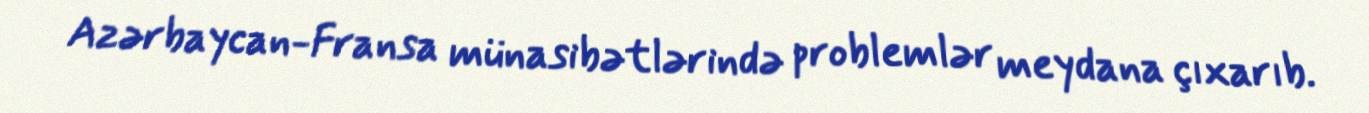
Azərbaycan-Fransa münasibətlərində problemlər meydana çıxarıb.